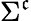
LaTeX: \Sigma^{\mathfrak{c}}